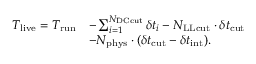
\begin{array} { r l } { T _ { \mathrm { l i v e } } = T _ { \mathrm { r u n } } } & { - \sum _ { i = 1 } ^ { N _ { \mathrm { D C c u t } } } \delta t _ { i } - N _ { \mathrm { L L c u t } } \cdot \delta t _ { \mathrm { c u t } } } \\ & { - N _ { \mathrm { p h y s } } \cdot ( \delta t _ { \mathrm { c u t } } - \delta t _ { \mathrm { i n t } } ) . } \end{array}